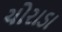
ચોરાડા